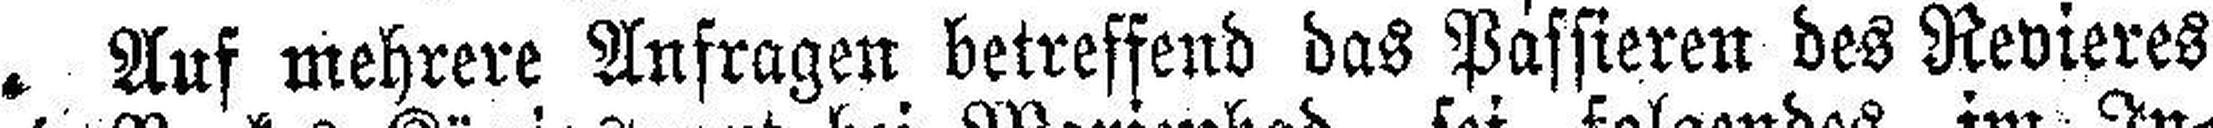
Auf mehrere Anfragen betreffend das Passieren des Revieres